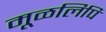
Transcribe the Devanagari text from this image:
मूळलिपि